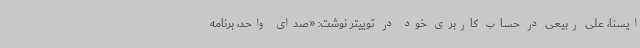
ایسنا، علی ربیعی در حساب کاربری خود در توییتر نوشت: «صدای واحد، برنامه